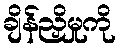
ချိန်ညှိမှုကို